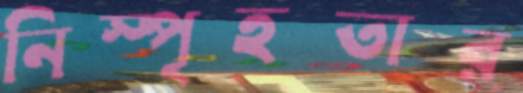
নিস্পৃহতার